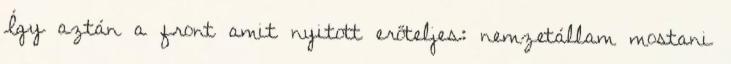
Így aztán a front amit nyitott erőteljes: nemzetállam mostani